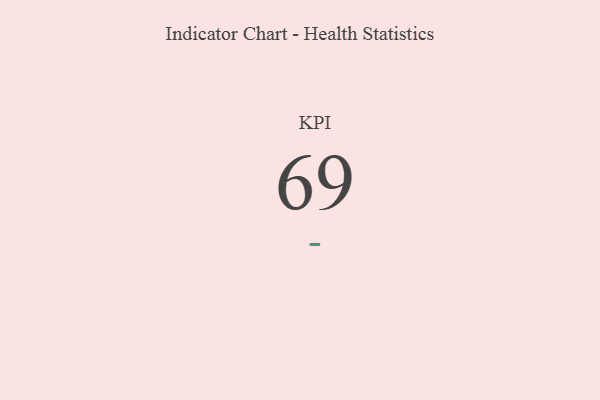
{"axis": {"x": "KPI", "y": "Value"}, "legend": [""], "data": [{"x": "KPI", "y": 69, "type": ""}]}